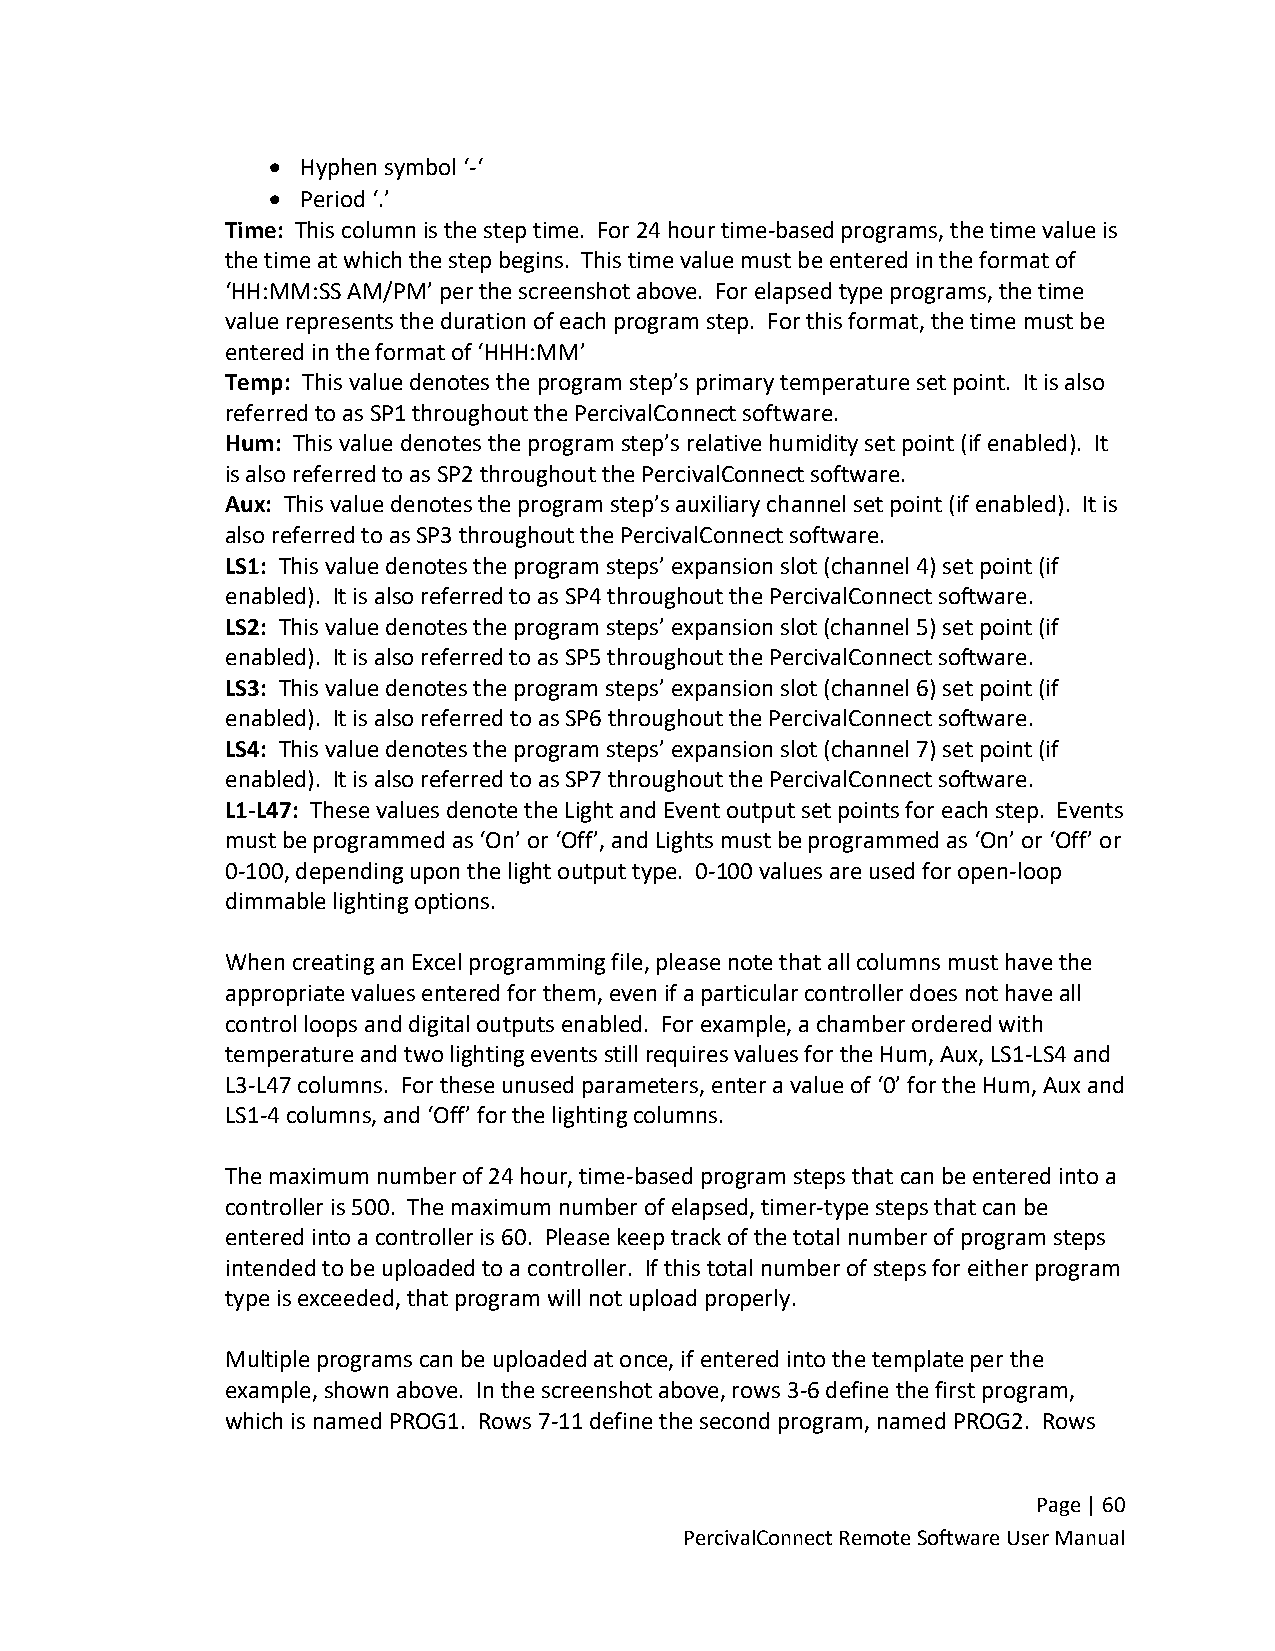
• Hyphen symbol ‘-‘
 • Period ‘.’
 Time: This column is the step time. For 24 hour time-based programs, the time value is
 the time at which the step begins. This time value must be entered in the format of
 ‘HH:MM:SS AM/PM’ per the screenshot above. For elapsed type programs, the time
 value represents the duration of each program step. For this format, the time must be
 entered in the format of ‘HHH:MM’
 Temp: This value denotes the program step’s primary temperature set point. It is also
 referred to as SP1 throughout the PercivalConnect software.
 Hum: This value denotes the program step’s relative humidity set point (if enabled). It
 is also referred to as SP2 throughout the PercivalConnect software.
 Aux: This value denotes the program step’s auxiliary channel set point (if enabled). It is
 also referred to as SP3 throughout the PercivalConnect software.
 LS1: This value denotes the program steps’ expansion slot (channel 4) set point (if
 enabled). It is also referred to as SP4 throughout the PercivalConnect software.
 LS2: This value denotes the program steps’ expansion slot (channel 5) set point (if
 enabled). It is also referred to as SP5 throughout the PercivalConnect software.
 LS3: This value denotes the program steps’ expansion slot (channel 6) set point (if
 enabled). It is also referred to as SP6 throughout the PercivalConnect software.
 LS4: This value denotes the program steps’ expansion slot (channel 7) set point (if
 enabled). It is also referred to as SP7 throughout the PercivalConnect software.
 L1-L47: These values denote the Light and Event output set points for each step. Events
 must be programmed as ‘On’ or ‘Off’, and Lights must be programmed as ‘On’ or ‘Off’ or
 0-100, depending upon the light output type. 0-100 values are used for open-loop
 dimmable lighting options.
 When creating an Excel programming file, please note that all columns must have the
 appropriate values entered for them, even if a particular controller does not have all
 control loops and digital outputs enabled. For example, a chamber ordered with
 temperature and two lighting events still requires values for the Hum, Aux, LS1-LS4 and
 L3-L47 columns. For these unused parameters, enter a value of ‘0’ for the Hum, Aux and
 LS1-4 columns, and ‘Off’ for the lighting columns.
 The maximum number of 24 hour, time-based program steps that can be entered into a
 controller is 500. The maximum number of elapsed, timer-type steps that can be
 entered into a controller is 60. Please keep track of the total number of program steps
 intended to be uploaded to a controller. If this total number of steps for either program
 type is exceeded, that program will not upload properly.
 Multiple programs can be uploaded at once, if entered into the template per the
 example, shown above. In the screenshot above, rows 3-6 define the first program,
 which is named PROG1. Rows 7-11 define the second program, named PROG2. Rows
 Page | 60
 PercivalConnect Remote Software User Manual